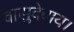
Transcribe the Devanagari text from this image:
वासुदेवाय।